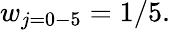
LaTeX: w_{j=0-5}=1/5.